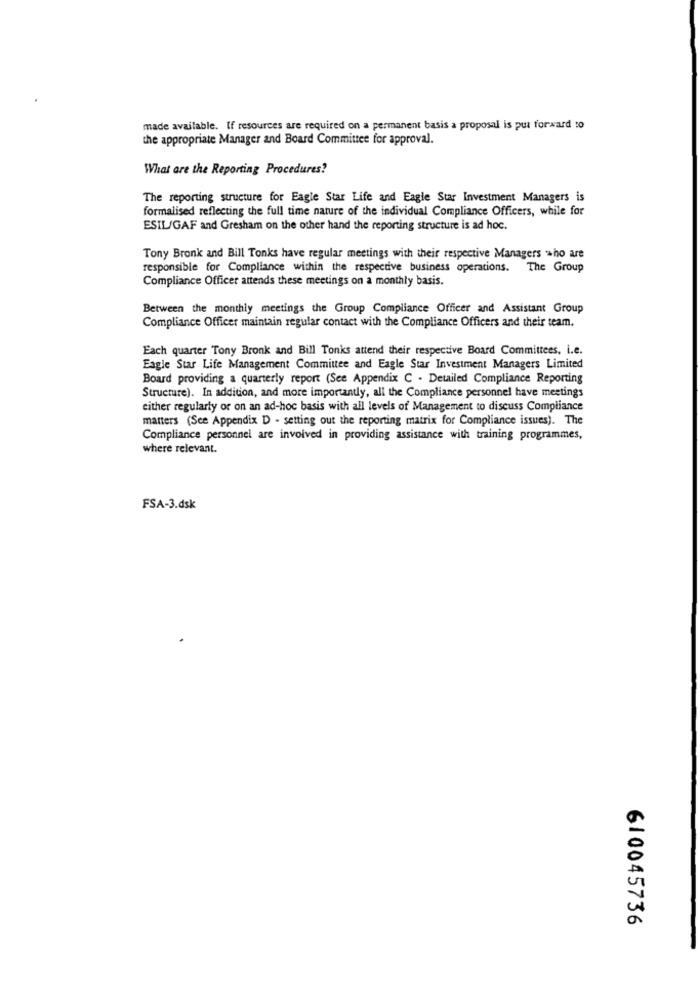
made available. If resources are required on a permanent basis a proposal is put forward to
the appropriate Manager and Board Committee for approval.
What are the Reporting Procedures?
The reporting structure for Eagle Star Life and Eagle Star Investment Managers is
formalised reflecting the full time nature of the individual Compliance Officers, while for
ESIL/GAF and Gresham on the other hand the reporting structure is ad hoc.
Tony Bronk and Bill Tonks have regular meetings with their respective Managers who are
responsible for Compliance within the respective business operations. The Group
Compliance Officer attends these meetings on a monthly basis.
Between the monthly meetings the Group Compliance Officer and Assistant Group
Compliance Officer maintain regular contact with the Compliance Officers and their team.
Each quarter Tony Bronk and Bill Tonks attend their respective Board Committees, i.e.
Eagle Star Life Management Committee and Eagle Star Investment Managers Limited
Board providing a quarterly report (See Appendix C . Detailed Compliance Reporting
Structure). In addition, and more importantly, all the Compliance personnel have meetings
either regularly or on an ad-hoc basis with all levels of Management to discuss Compliance
matters (See Appendix D - setting out the reporting matrix for Compliance issues). The
Compliance personnel are involved in providing assistance with training programmes,
where relevant.
FSA-3.dsk
610045736